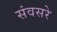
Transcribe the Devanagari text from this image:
संवसरे